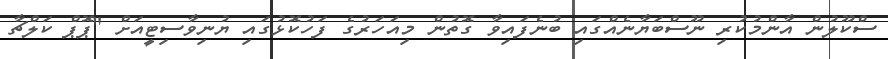
ސްކޫލުން އާންމުކުރި ނޫސްބަޔާނެއްގައި ބުނެފައިވާ ގޮތުން މިއަހަރުގެ ފަހުކޮޅުގައި ޔުނިވާސިޓީއަށް "ޕޮޕް ކަލްޗާ